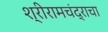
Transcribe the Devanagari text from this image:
श्रीरामचंद्राचा